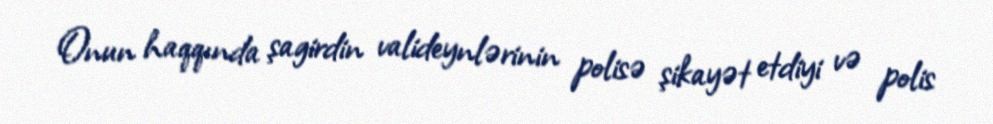
Onun haqqında şagirdin valideynlərinin polisə şikayət etdiyi və polis